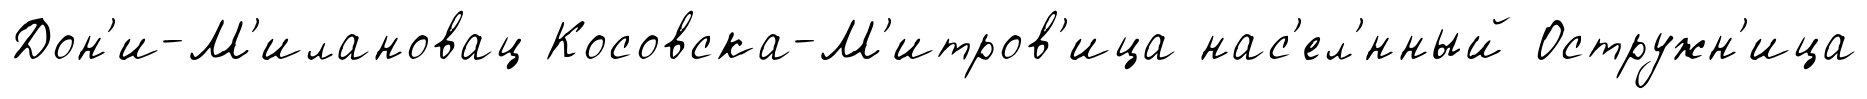
Дон'и-М'илановац Косовска-М'итров'ица нас'ел'́нный Остружн'ица